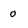
Character: 0